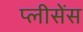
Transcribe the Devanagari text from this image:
प्लीसेंस